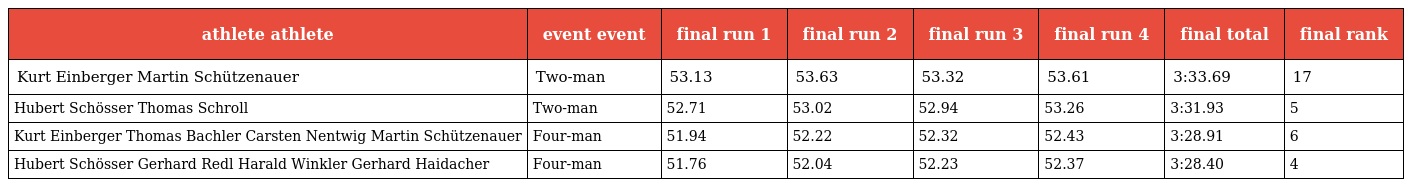
| athlete athlete | event event | final run 1 | final run 2 | final run 3 | final run 4 | final total | final rank |
 | --- | --- | --- | --- | --- | --- | --- | --- |
 | Kurt Einberger Martin Schützenauer | Two-man | 53.13 | 53.63 | 53.32 | 53.61 | 3:33.69 | 17 |
 | Hubert Schösser Thomas Schroll | Two-man | 52.71 | 53.02 | 52.94 | 53.26 | 3:31.93 | 5 |
 | Kurt Einberger Thomas Bachler Carsten Nentwig Martin Schützenauer | Four-man | 51.94 | 52.22 | 52.32 | 52.43 | 3:28.91 | 6 |
 | Hubert Schösser Gerhard Redl Harald Winkler Gerhard Haidacher | Four-man | 51.76 | 52.04 | 52.23 | 52.37 | 3:28.40 | 4 |